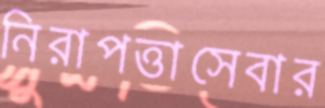
নিরাপত্তাসেবার